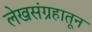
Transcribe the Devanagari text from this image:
लेखसंग्रहातून